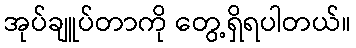
အုပ်ချူပ်တာကို တွေ့ရှိရပါတယ်။